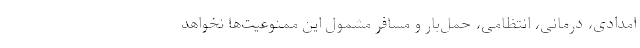
امدادی، درمانی، انتظامی، حمل‌بار و مسافر مشمول این ممنوعیت‌ها نخواهد